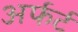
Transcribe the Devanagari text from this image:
अर्फर्ट